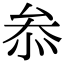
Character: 𠫵